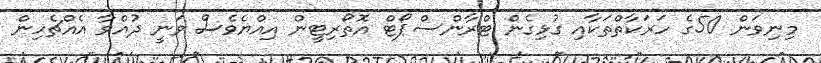
މިނިވަން 50ގެ ހަރަކާތްތަކާއި ގުޅިގެން ޓްރާންސްޕޯޓް އޮތޯރިޓީން އިއްޔެވެސް ވަނީ ދުއްވާ އެއްޗެހިން